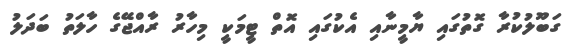
ގަބޫލުކުރާ ގޮތުގައި ޔާމީނާއި އެކުގައި އޮތް ޓީމަކީ މިހާރު ރާއްޖޭގެ ހާލަތު ބަދަލު